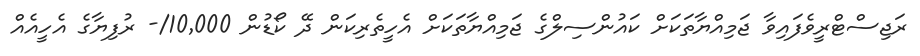
ރަޖިސްޓްރީވެފައިވާ ޖަމިއްޔާތަކަށް ކައުންސިލްގެ ޖަމިއްޔާތަކަށް އެހީތެރިކަން ދޭ ކޯޑުން 10